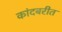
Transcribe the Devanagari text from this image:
कांदबरीत